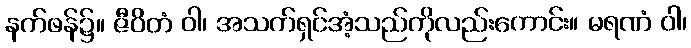
နက်ဖန်၌။ ဇီဝိတံ ဝါ၊ အသက်ရှင်အံ့သည်ကိုလည်းကောင်း။ မရဏံ ဝါ၊